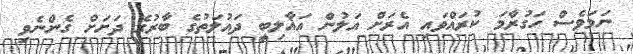
ނަމަވެސް ހަގުރާމަ ކުރައްވައި އެރަށް އަލުން އަޣާލިބީ ދައުލަތުގެ ބާރުގެ ދަށަށް ގެންނެވި